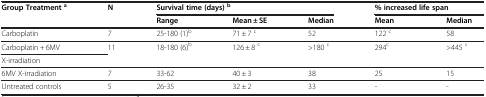
| Group Treatmenta | N | <COLSPAN=3> Survival time (days)b | <COLSPAN=2> % increased life span |
 |  |  | Range | Mean ± SE | Median | Mean | Median |
 | --- | --- | --- | --- | --- | --- | --- |
 | Carboplatin | 7 | 25-180 (1)b | 71 ± 7 c | 52 | 122 c | 58 |
 | Carboplatin + 6MV | 11 | 18-180 (6)b | 126 ± 8 c | >180 c | 294c | >445 c |
 | X-irradiation |  |  |  |  |  |  |
 | 6MV X-irradiation | 7 | 33-62 | 40 ± 3 | 38 | 25 | 15 |
 | Untreated controls | 5 | 26-35 | 32 ± 2 | 33 | - | - |